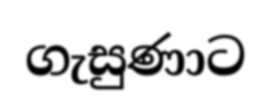
ගැසුණාට